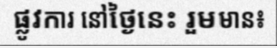
ផ្លូវការ នៅថ្ងៃនេះ រួមមាន៖